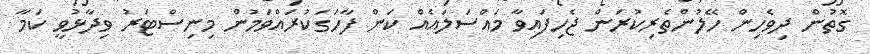
ގޮތުން ދިވެހިން ހޭލުންތެރިކުރަން ޖެހިފައިވާ މައްސަލައެއް ކަން ފާހަގަކުރައްވަމުން މިނިސްޓަރު ވިދާޅުވީ ކަމާ